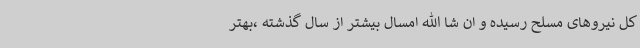
کل نیروهای مسلح رسیده و ان شا الله امسال بیشتر از سال گذشته ،بهتر